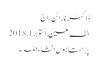
ڈاکٹر نارائن راج
الف عین, ‏اکتوبر 1, 2018
پڑھتا ہوں انشاءاللہ۔